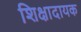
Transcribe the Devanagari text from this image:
शिक्षादायक